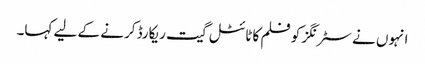
انہوں نے سٹرنگز کو فلم کا ٹائٹل گیت ریکارڈ کرنے کے لیے کہا۔